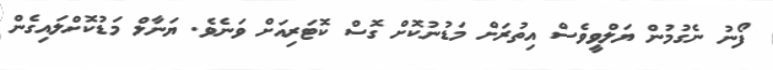
ފޯނު ނެގުމުން ޔަލްވީވެސް އިތުރަށް މަޑުނުކޮށް ގޮސް ކޮޓަރިއަށް ވަނެވެ. ޔަނާލް މަޑުކޮށްލައިގެން